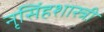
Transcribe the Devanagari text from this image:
नृसिंहशास्त्री